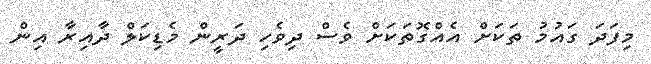
މިފަދަ ގައުމު ތަކަށް އެއްގޮތަކަށް ވެސް ދިވެހި ދަރީން މެޑިކަލް ދާއިރާ އިން